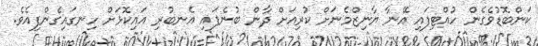
ކަންބޮޑުވެގެން ހުއްޓިފައި އޭނާ ޔާނިޒްމެނަށް ކުރިއަށް ދާން ބުނެފައި އެނބުރި އައިކޮޅަށް ހިނގައިގެންފިއެވެ.